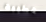
خطيبة